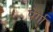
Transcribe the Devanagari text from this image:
पेर्गा